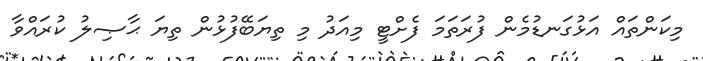
މިކަންތައް އަޅުގަނޑުމެން ފުރަތަމަ ފެށްޓީ މިއަދު މި ތިޔަބޭފުޅުން ތިޔަ ޙާޞިލު ކުރައްވާ